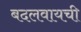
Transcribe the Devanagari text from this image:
बदलवायची